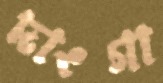
দাংগা